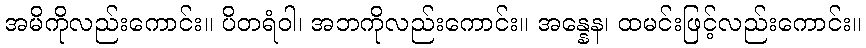
အမိကိုလည်းကောင်း။ ပိတရံဝါ၊ အဘကိုလည်းကောင်း။ အန္နေန၊ ထမင်းဖြင့်လည်းကောင်း။